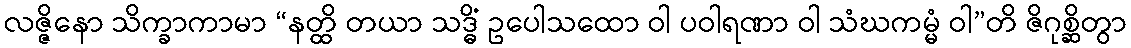
လဇ္ဇိနော သိက္ခာကာမာ “နတ္ထိ တယာ သဒ္ဓိံ ဥပေါသထော ဝါ ပဝါရဏာ ဝါ သံဃကမ္မံ ဝါ”တိ ဇိဂုစ္ဆိတွာ